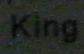
king